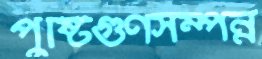
পুষ্টিগুণসম্পন্ন